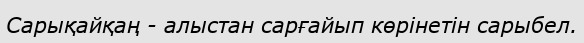
Сарықайқаң - алыстан сарғайып көрінетін сарыбел.